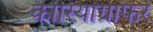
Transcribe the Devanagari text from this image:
कोरियोग्राफर्र